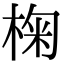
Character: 椈